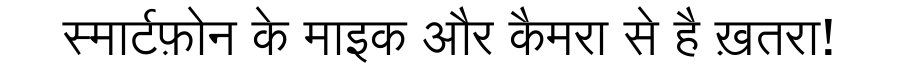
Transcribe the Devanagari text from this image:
स्मार्टफ़ोन के माइक और कैमरा से है ख़तरा!